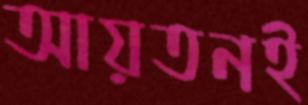
আয়তনই